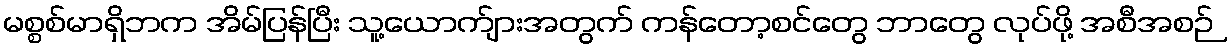
မစ္စစ်မာရှိဘက အိမ်ပြန်ပြီး သူ့ယောက်ျားအတွက် ကန်တော့စင်တွေ ဘာတွေ လုပ်ဖို့ အစီအစဉ်